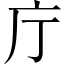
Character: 庁